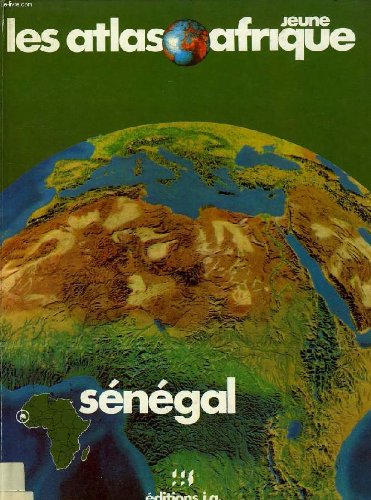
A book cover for Atlas du Senegal (Les Atlas Jeune Afrique) (French Edition); Travel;